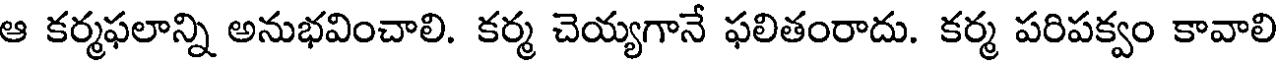
ఆ కర్మఫలాన్ని అనుభవించాలి. కర్మ చెయ్యగానే ఫలితంరాదు. కర్మ పరిపక్వం కావాలి